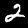
Label: 2